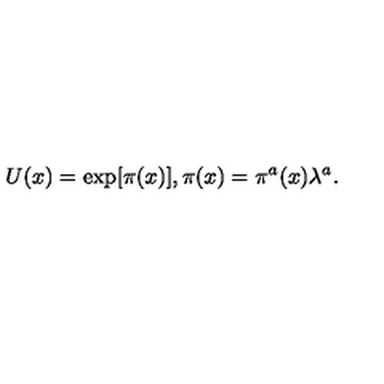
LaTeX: U ( x ) = \exp [ \pi ( x ) ] , \pi ( x ) = \pi ^ { a } ( x ) \lambda ^ { a } .